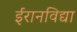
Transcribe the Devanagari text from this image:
ईरानविद्या